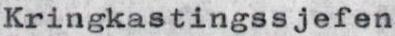
Kringkastingssjefen